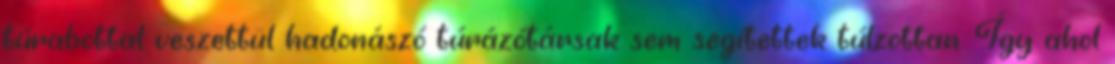
túrabottal veszettül hadonászó túrázótársak sem segítettek túlzottan. Így ahol